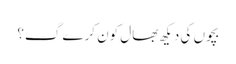
بچوں کی دیکھ بھال کون کرے گ؟